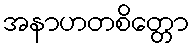
အနာဟတစိတ္တော